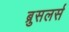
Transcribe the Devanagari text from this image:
ब्रुसलर्स